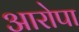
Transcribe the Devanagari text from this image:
आरोपा